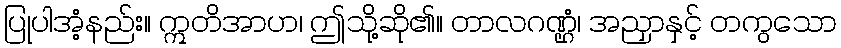
ပြုပါအံ့နည်း။ ဣတိအာဟ၊ ဤသို့ဆို၏။ တာလဂဏ္ဌံ၊ အညှာနှင့် တကွသော